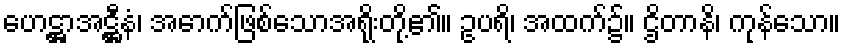
ဟေဋ္ဌာအဋ္ဌီနံ၊ အောက်ဖြစ်သောအရိုးတို့၏။ ဥပရိ၊ အထက်၌။ ဌိတာနိ၊ ကုန်သော။